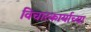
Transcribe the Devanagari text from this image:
विचारकार्याच्या